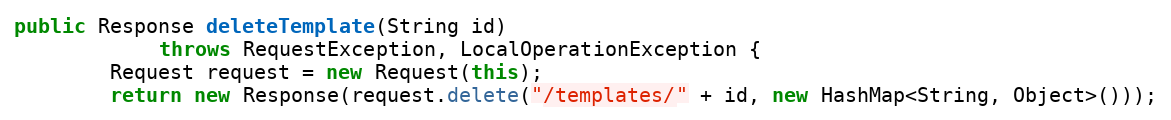
Language: Java
public Response deleteTemplate(String id)
            throws RequestException, LocalOperationException {
        Request request = new Request(this);
        return new Response(request.delete("/templates/" + id, new HashMap<String, Object>()));